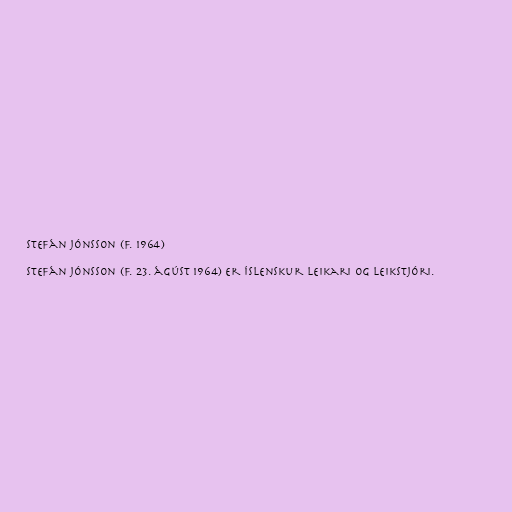
Stefán Jónsson (f. 1964)

Stefán Jónsson (f. 23. ágúst 1964) er íslenskur leikari og leikstjóri.